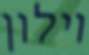
וילון